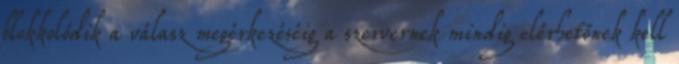
blokkolódik a válasz megérkezéséig a szervernek mindig elérhetőnek kell